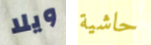
ويلا حاشية